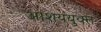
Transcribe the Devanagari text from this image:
आशययुक्‍त